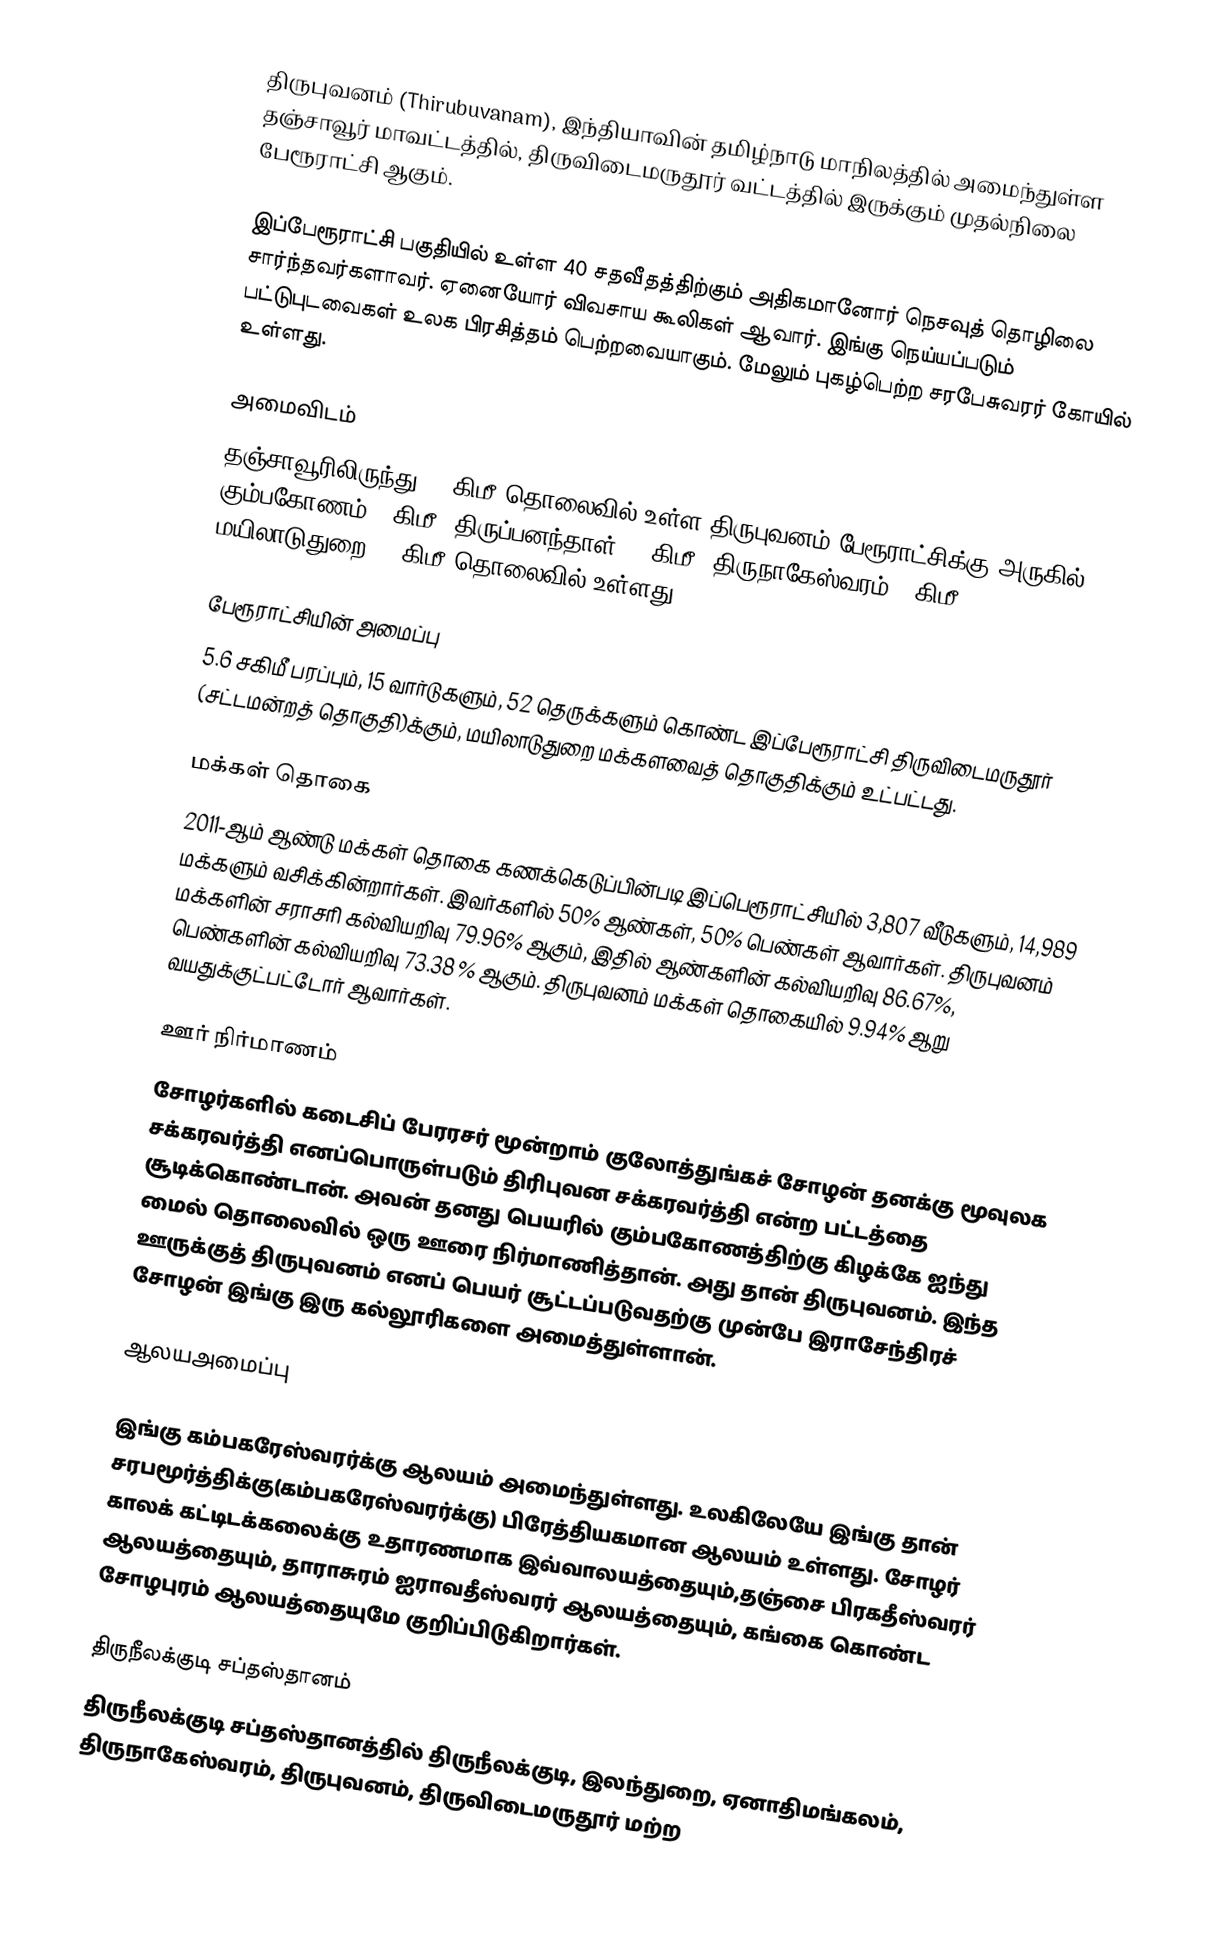
திருபுவனம் (Thirubuvanam), இந்தியாவின் தமிழ்நாடு மாநிலத்தில் அமைந்துள்ள தஞ்சாவூர் மாவட்டத்தில், திருவிடைமருதூர் வட்டத்தில் இருக்கும் முதல்நிலை பேரூராட்சி ஆகும்.

இப்பேரூராட்சி பகுதியில் உள்ள 40 சதவீதத்திற்கும் அதிகமானோர் நெசவுத் தொழிலை சார்ந்தவர்களாவர். ஏனையோர் விவசாய கூலிகள் ஆவார்.  இங்கு நெய்யப்படும் பட்டுபுடவைகள் உலக பிரசித்தம் பெற்றவையாகும். மேலும் புகழ்பெற்ற சரபேசுவரர் கோயில் உள்ளது.

அமைவிடம்
தஞ்சாவூரிலிருந்து 56 கிமீ தொலைவில் உள்ள திருபுவனம் பேரூராட்சிக்கு அருகில் கும்பகோணம் 7 கிமீ, திருப்பனந்தாள் 20 கிமீ, திருநாகேஸ்வரம் 4 கிமீ, மயிலாடுதுறை  30 கிமீ தொலைவில் உள்ளது.

பேரூராட்சியின் அமைப்பு
5.6 சகிமீ பரப்பும்,  15  வார்டுகளும்,  52  தெருக்களும் கொண்ட இப்பேரூராட்சி  திருவிடைமருதூர் (சட்டமன்றத் தொகுதி)க்கும், மயிலாடுதுறை மக்களவைத் தொகுதிக்கும் உட்பட்டது.

மக்கள் தொகை
2011-ஆம் ஆண்டு மக்கள் தொகை கணக்கெடுப்பின்படி இப்பெரூராட்சியில் 3,807 வீடுகளும், 14,989 மக்களும் வசிக்கின்றார்கள். இவர்களில் 50% ஆண்கள், 50% பெண்கள் ஆவார்கள். திருபுவனம் மக்களின் சராசரி கல்வியறிவு 79.96% ஆகும்,  இதில் ஆண்களின் கல்வியறிவு 86.67%,  பெண்களின் கல்வியறிவு 73.38 % ஆகும்.  திருபுவனம் மக்கள் தொகையில் 9.94%  ஆறு வயதுக்குட்பட்டோர் ஆவார்கள்.

ஊர் நிர்மாணம்
சோழர்களில் கடைசிப் பேரரசர்  மூன்றாம் குலோத்துங்கச் சோழன் தனக்கு மூவுலக சக்கரவர்த்தி எனப்பொருள்படும் திரிபுவன சக்கரவர்த்தி என்ற பட்டத்தை சூடிக்கொண்டான். அவன் தனது பெயரில் கும்பகோணத்திற்கு கிழக்கே ஐந்து மைல் தொலைவில் ஒரு ஊரை நிர்மாணித்தான். அது தான் திருபுவனம். இந்த ஊருக்குத் திருபுவனம் எனப் பெயர் சூட்டப்படுவதற்கு முன்பே இராசேந்திரச் சோழன் இங்கு இரு கல்லூரிகளை அமைத்துள்ளான்.

ஆலயஅமைப்பு

இங்கு கம்பகரேஸ்வரர்க்கு ஆலயம் அமைந்துள்ளது. உலகிலேயே இங்கு தான் சரபமூர்த்திக்கு(கம்பகரேஸ்வரர்க்கு) பிரேத்தியகமான ஆலயம் உள்ளது. சோழர் காலக் கட்டிடக்கலைக்கு   உதாரணமாக இவ்வாலயத்தையும்,தஞ்சை பிரகதீஸ்வரர் ஆலயத்தையும், தாராசுரம் ஐராவதீஸ்வரர் ஆலயத்தையும், கங்கை கொண்ட சோழபுரம் ஆலயத்தையுமே குறிப்பிடுகிறார்கள்.

திருநீலக்குடி சப்தஸ்தானம்
திருநீலக்குடி சப்தஸ்தானத்தில் திருநீலக்குடி, இலந்துறை, ஏனாதிமங்கலம், திருநாகேஸ்வரம்,  திருபுவனம், திருவிடைமருதூர் மற்ற